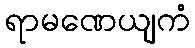
ရာမဏေယျကံ